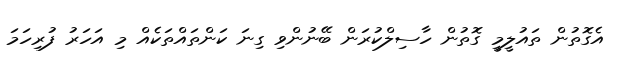
އެގޮތުން ތައުލީމީ ގޮތުން ހާސިލްކުރަން ބޭނުންވި ގިނަ ކަންތައްތަކެއް މި އަހަރު ފުރިހަމަ